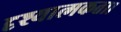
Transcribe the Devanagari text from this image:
दृश्यात्मकता।